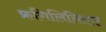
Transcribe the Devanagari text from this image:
फ्रगिलितिएस्